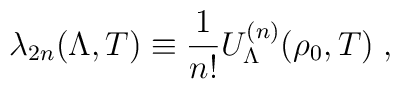
\lambda_{2n}(\Lambda,T) \equiv \frac{1}{n!}U_{\Lambda}^{(n)}(\rho_{0},T)\;,